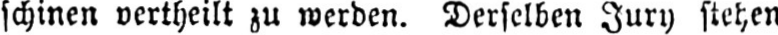
schinen vertheilt zu werden. Derselben Jury stehen